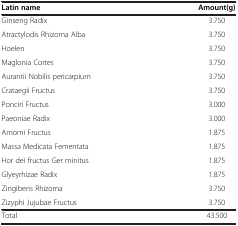
<table><thead><tr><td><b>Latin name</b></td><td><b>Amount(g)</b></td></tr></thead><tbody><tr><td>Ginseng Radix</td><td>3.750</td></tr><tr><td>Atractylodis Rhizoma Alba</td><td>3.750</td></tr><tr><td>Hoelen</td><td>3.750</td></tr><tr><td>Maglonia Cortes</td><td>3.750</td></tr><tr><td>Aurantii Nobilis pericarpium</td><td>3.750</td></tr><tr><td>Crataegii Fructus</td><td>3.750</td></tr><tr><td>Ponciri Fructus</td><td>3.000</td></tr><tr><td>Paeoniae Radix</td><td>3.000</td></tr><tr><td>Amomi Fructus</td><td>1.875</td></tr><tr><td>Massa Medicata Fementata</td><td>1.875</td></tr><tr><td>Hor dei fructus Ger minitus</td><td>1.875</td></tr><tr><td>Glyeyrhizae Radix</td><td>1.875</td></tr><tr><td>Zingiberis Rhizoma</td><td>3.750</td></tr><tr><td>Zizyphi Jujubae Fructus</td><td>3.750</td></tr><tr><td>Total</td><td>43.500</td></tr></tbody></table>